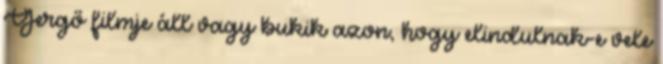
Gergő filmje áll vagy bukik azon, hogy elindulnak-e vele